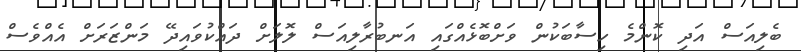
ބެލިއަސް އަދި ކޮންމެ ހިސާބަކުން ވަށްބޮޅެއްގައި އަނބުރާލިއަސް ލޮލަށް ދައްކުވައިދޭ މަންޒަރަށް އެއްވެސް